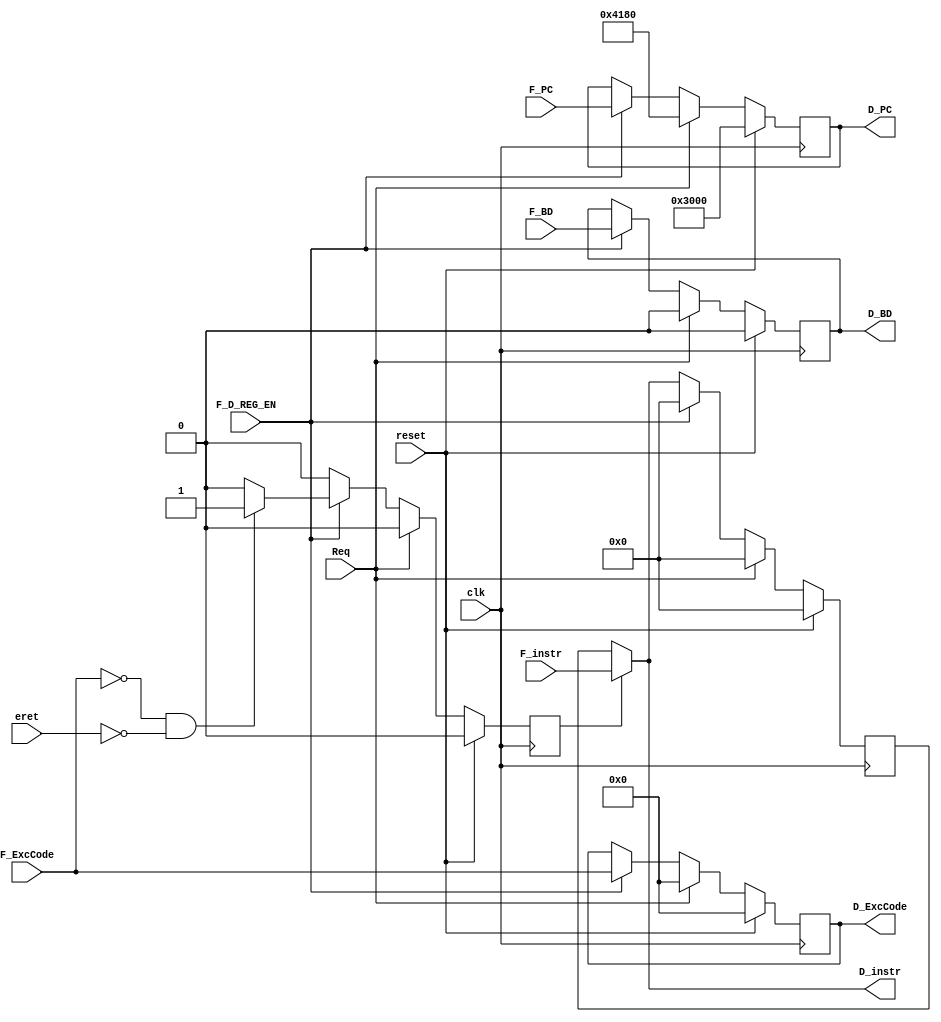
`timescale 1ns / 1ps
//////////////////////////////////////////////////////////////////////////////////
// Company: 
// Engineer: 
// 
// Design Name: 
// Module Name:    F_D_REG 
// Project Name: 
// Target Devices: 
// Tool versions: 
// Description: 
//
// Dependencies: 
//
// Revision: 
// Revision 0.01 - File Created
// Additional Comments: 
//
//////////////////////////////////////////////////////////////////////////////////
module F_D_REG(
    input clk,
    input reset,
    input F_D_REG_EN,
	 input Req,
	 input F_BD,
	 input eret,
	 input [4:0]F_ExcCode,
    input [31:0] F_PC,
    input [31:0] F_instr,
	 output reg D_BD,
	 output reg [4:0] D_ExcCode,
    output reg [31:0] D_PC,
    output [31:0] D_instr
    );
	 
	 reg [31:0] D_instr_temp;
	 reg sel;
	 
	 always @(posedge clk) begin
	      if (reset == 1'b1) begin   // 
			    D_PC <= 32'h3000;
				 D_instr_temp <= 32'd0;
				 sel <= 1'b0;
				 D_ExcCode <= 5'd0;
				 D_BD <= 1'b0;
			end else if (Req == 1'b1) begin
			    D_PC <= 32'h4180;
				 D_instr_temp <= 32'd0;
				 sel <= 1'b0;
				 D_ExcCode <= 5'd0;
				 D_BD <= 1'b0;
			end else if (F_D_REG_EN == 1'b1) begin
			    D_PC <= F_PC;
				 D_BD <= F_BD;
				 D_ExcCode <= F_ExcCode;
				 sel <= (F_ExcCode == 5'd0 && eret == 1'b0) ? 1'b1 : 1'b0;
				 D_instr_temp <= 32'd0;
			end else begin
			    D_instr_temp <= D_instr;
				 sel <= 1'b0;
			end
	 end
	 
	 assign D_instr = (sel == 1'b1) ? F_instr : D_instr_temp;

endmodule